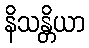
နိသန္တိယာ